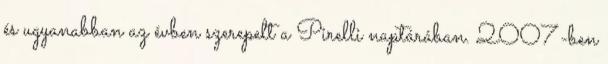
és ugyanabban az évben szerepelt a Pirelli naptárában. 2007-ben